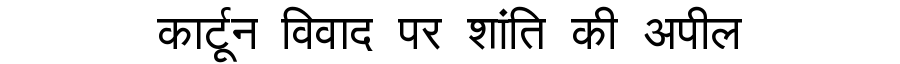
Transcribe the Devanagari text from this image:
कार्टून विवाद पर शांति की अपील